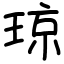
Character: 琼